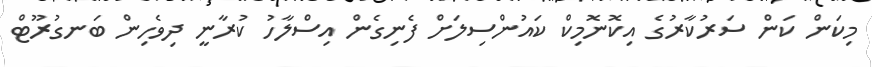
މިކަން ކަން ސަރުކާރުގެ އިކޮނޮމިކް ކައުންސިލަށް ފެނިގެން އިސްލާހު ކުރާނީ ދިވެހިން ބަނގުރޫޓް